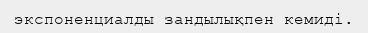
экспоненциалды зандылықпен кемиді.